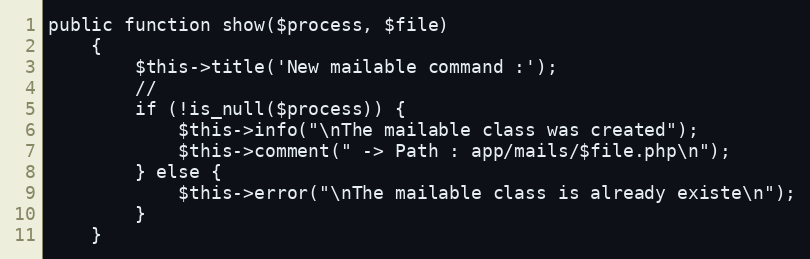
Language: PHP
public function show($process, $file)
    {
        $this->title('New mailable command :');
        //
        if (!is_null($process)) {
            $this->info("\nThe mailable class was created");
            $this->comment(" -> Path : app/mails/$file.php\n");
        } else {
            $this->error("\nThe mailable class is already existe\n");
        }
    }